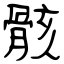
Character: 骸